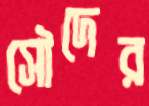
সৌদের